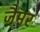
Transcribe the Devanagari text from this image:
जैमर